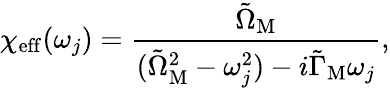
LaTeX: \chi_{\mathrm{eff}}(\omega_{j})=\frac{\tilde{\Omega}_{\mathrm{M}}}{(\tilde{\Omega}_{\mathrm{M}}^{2}-\omega_{j}^{2})-i\tilde{\Gamma}_{\mathrm{M}}\omega_{j}},